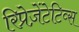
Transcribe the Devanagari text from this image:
रिप्रेज़ेंटेटिव्स